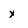
Character: x